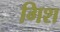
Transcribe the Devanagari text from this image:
गिश